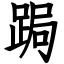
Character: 跼